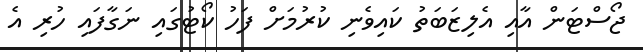
ޖޯސްޓަން އާއި އެލިޒަބަތު ކައިވެނި ކުރުމަށް ފަހު ކޯޓުގައި ނަގާފައި ހުރި އެ